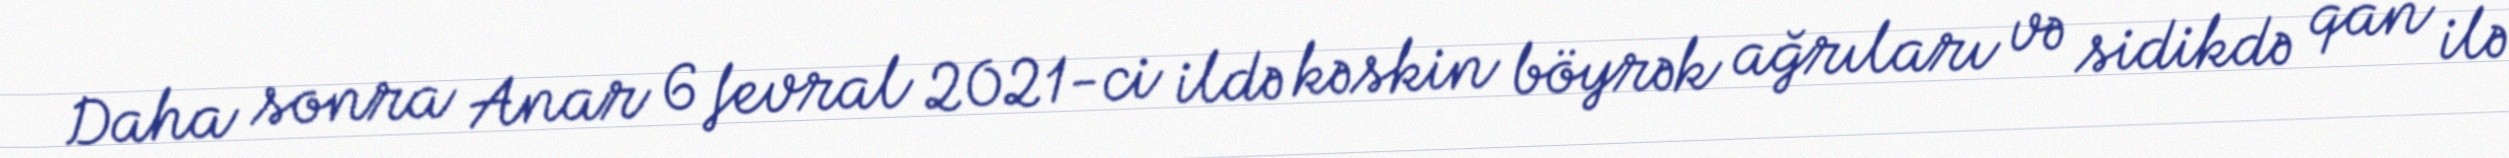
Daha sonra Anar 6 fevral 2021-ci ildə kəskin böyrək ağrıları və sidikdə qan ilə